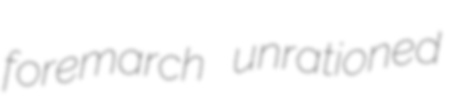
foremarch unrationed